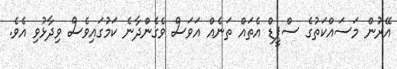
އޭރުން މަސައްކަތުގެ ސްޕީޑް އެތައް ތަނެއް އަވަސް ވެގެންދާނެ ކަމުގައިވެސް ވިދާޅުވި އެވެ.